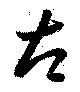
太